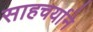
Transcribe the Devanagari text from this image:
साहचर्याने